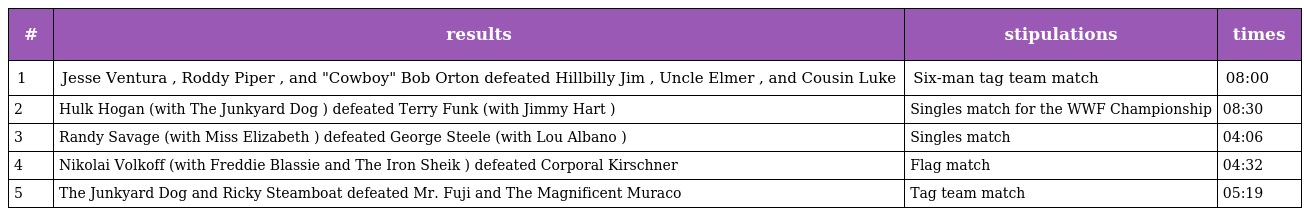
| # | results | stipulations | times |
 | --- | --- | --- | --- |
 | 1 | Jesse Ventura , Roddy Piper , and "Cowboy" Bob Orton defeated Hillbilly Jim , Uncle Elmer , and Cousin Luke | Six-man tag team match | 08:00 |
 | 2 | Hulk Hogan (with The Junkyard Dog ) defeated Terry Funk (with Jimmy Hart ) | Singles match for the WWF Championship | 08:30 |
 | 3 | Randy Savage (with Miss Elizabeth ) defeated George Steele (with Lou Albano ) | Singles match | 04:06 |
 | 4 | Nikolai Volkoff (with Freddie Blassie and The Iron Sheik ) defeated Corporal Kirschner | Flag match | 04:32 |
 | 5 | The Junkyard Dog and Ricky Steamboat defeated Mr. Fuji and The Magnificent Muraco | Tag team match | 05:19 |